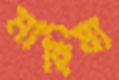
মাহিষ্য